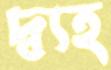
দ্ব্যহ